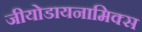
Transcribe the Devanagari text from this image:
जीयोडायनामिक्स